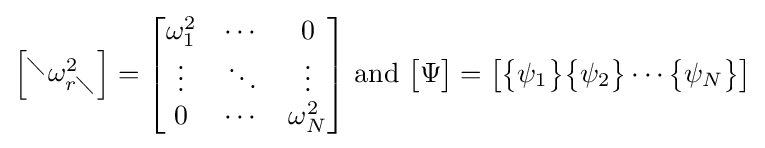
{\begin{bmatrix}^{\diagdown }\omega _{r\diagdown }^{2}\end{bmatrix}}={\begin{bmatrix}\omega _{1}^{2}&\cdots &0\\\vdots &\ddots &\vdots \\0&\cdots &\omega _{N}^{2}\end{bmatrix}}{\text{ and }}{\begin{bmatrix}\Psi \end{bmatrix}}={\begin{bmatrix}{\begin{Bmatrix}\psi _{1}\end{Bmatrix}}{\begin{Bmatrix}\psi _{2}\end{Bmatrix}}\cdots {\begin{Bmatrix}\psi _{N}\end{Bmatrix}}\end{bmatrix}}